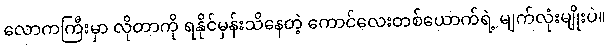
လောကကြီးမှာ လိုတာကို ရနိုင်မှန်းသိနေတဲ့ ကောင်လေးတစ်ယောက်ရဲ့ မျက်လုံးမျိုးပဲ။